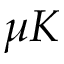
\mu K